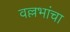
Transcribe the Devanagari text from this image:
वल्लभांचा